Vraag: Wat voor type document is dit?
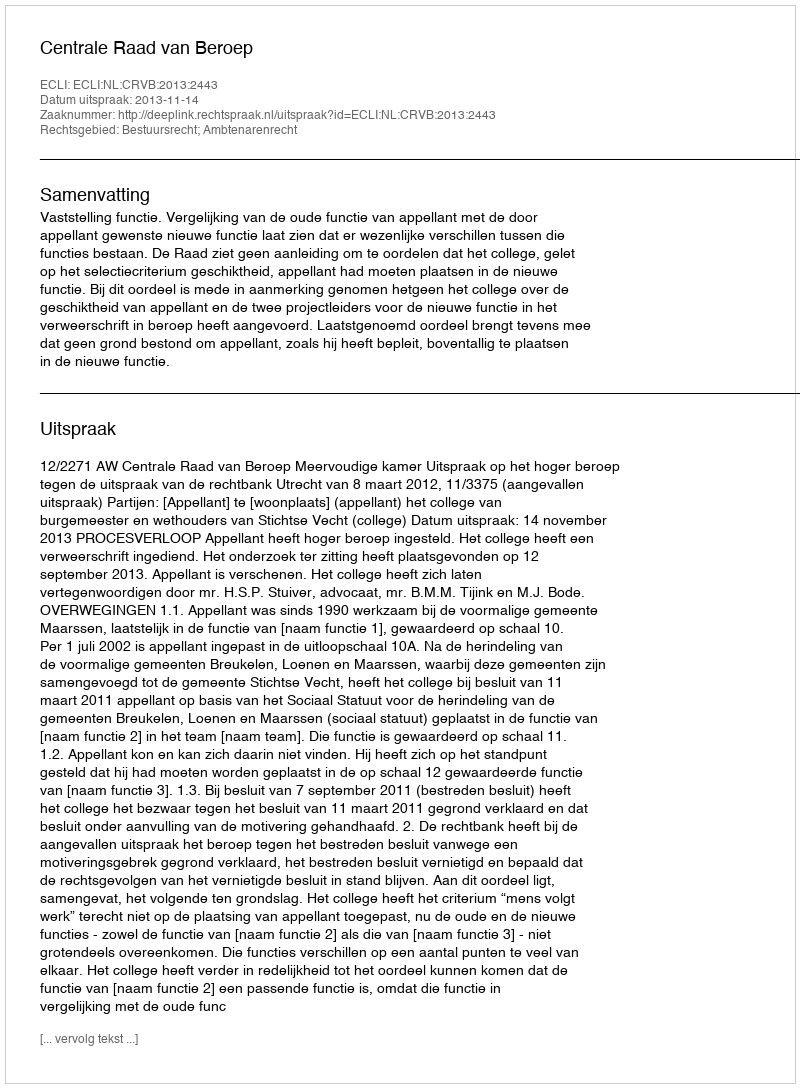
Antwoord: Uitspraak